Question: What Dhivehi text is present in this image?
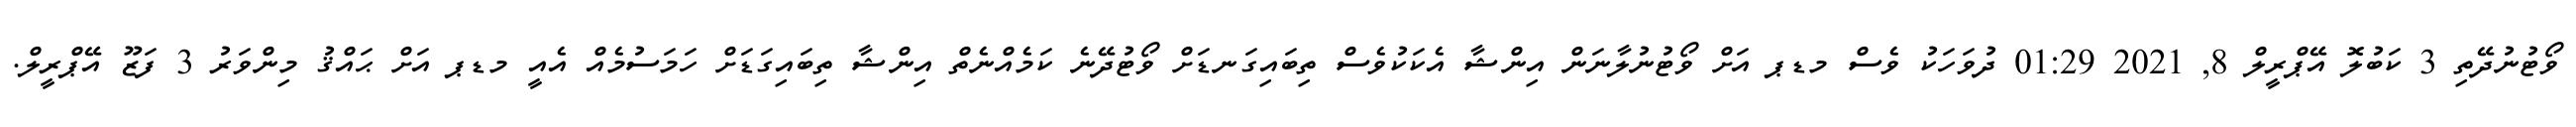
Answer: ވޯޓުނުދޭތި 3 ކަބުލޮ އޭޕްރީލް 8, 2021 01:29 ދުވަހަކު ވެސް މޑޕ އަށް ވޯޓުނުލާނަން އިންޝާ އެކަކުވެސް ތިބައިގަނޑަށް ވޯޓުދޭނެ ކަމެއްނެތް އިންޝާ ތިބައިގަޑަށް ހަމަސުމެއް އެއީ މޑޕ އަށް ޙައްޤު މިންވަރު 3 ފަޒޫ އޭޕްރީލް.